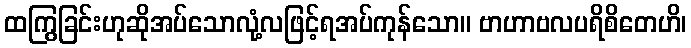
ထကြွခြင်းဟုဆိုအပ်သောလုံ့လဖြင့်ရအပ်ကုန်သော။ ဗာဟာဗလပရိစိတေဟိ၊